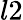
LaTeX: l2